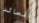
العائد